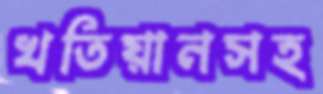
খতিয়ানসহ